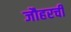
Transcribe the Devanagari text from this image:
जौहरची